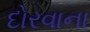
દોરવાના